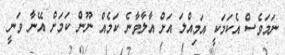
ނަމަވެސް އެކަމަކީ އަމިއްލަ އަށް އާލާވާނެ ކަމެއް ނޫން ކަމަށް އޭނާ ވަނީ